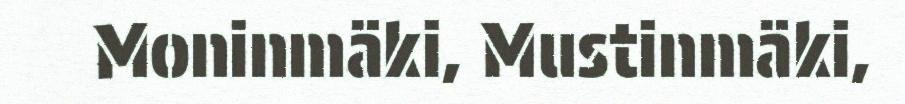
Moninmäki, Mustinmäki,